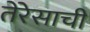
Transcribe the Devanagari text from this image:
तेरेसाची